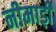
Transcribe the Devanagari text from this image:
नीमाड़ी